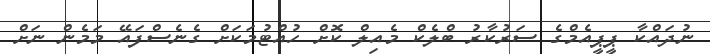
ނުދައްކާ ޕީޕީއެމްގެ ސަރުކާރު ބްލެކް މެއިލް ކޮށް ހުއްޓުމަކަށް ގެނެސްފައޭ މަމެން ނަށް